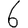
Digit: 6